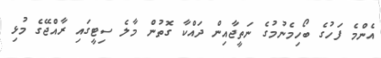
އެންމެ ފަހުގެ ބޯހިމެނުމުގެ ނަތީޖާއިން ދައްކާ ގޮތުން މާލެ ސިޓީގައި ރާއްޖޭގެ މުޅި